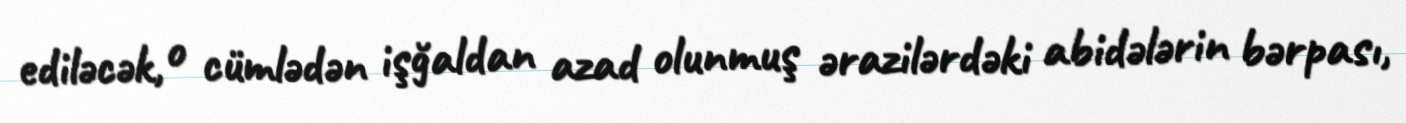
ediləcək, o cümlədən işğaldan azad olunmuş ərazilərdəki abidələrin bərpası,